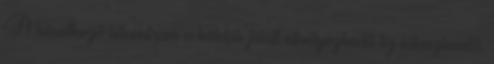
A következő létcentrum a köldök fölött elhelyezkedő tíz lótuszlevelű,